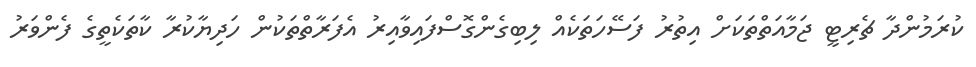
ކުރަމުންދާ ޗެރިޓީ ޖަމާއަތްތަކަށް އިތުރު ފަސޭހަތަކެއް ލިބިގެންގޮސްފައިވާއިރު އެފަރާތްތަކުން ހަދިޔާކުރާ ކާތަކެތީގެ ފެންވަރު